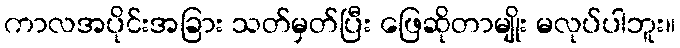
ကာလအပိုင်းအခြား သတ်မှတ်ပြီး ဖြေဆိုတာမျိုး မလုပ်ပါဘူး။